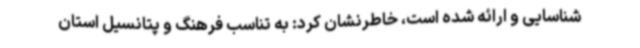
شناسایی و ارائه شده است، خاطرنشان کرد: به تناسب فرهنگ و پتانسیل استان